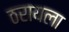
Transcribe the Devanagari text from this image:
ठरायला